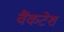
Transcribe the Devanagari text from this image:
वैंकटेश